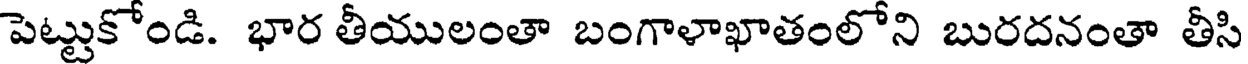
పెట్టుకోండి. భార తీయులంతా బంగాళాఖాతంలోని బురదనంతా తీసి